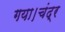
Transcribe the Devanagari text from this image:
गया।चंद्र